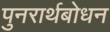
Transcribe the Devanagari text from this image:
पुनरार्थबोधन